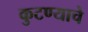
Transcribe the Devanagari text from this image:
कुटण्याचे